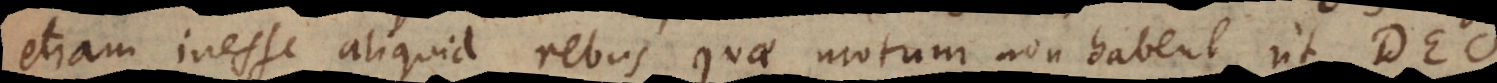
etiam inesse aliquid rebus quae motum non habent, ut Deo,